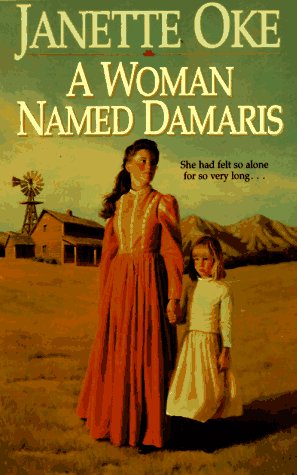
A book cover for A Woman Named Damaris (Women of the West (Bethany House Paperback)); Janette Oke; Religion & Spirituality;